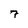
Character: 7